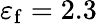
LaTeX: \varepsilon_{\mathrm{f}}=2.3